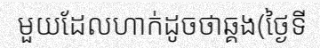
មួយដែលហាក់ដូចថាឆ្គង(ថ្ងៃទី